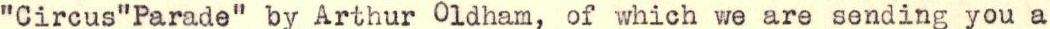
"Circus"Parade" by Arthur Oldham, of which we are sending you a